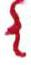
{